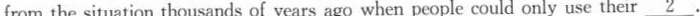
from the situation thousands of years ago when people could only use their